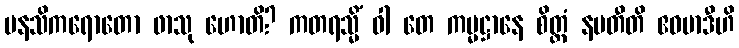
မနသိကရောတော ဖာသု ဟောတိ? ကတရသ္မိံ ဝါ တေ ကမ္မဋ္ဌာနေ စိတ္တံ နမတီတိ ဧဝမာဒီဟိ